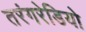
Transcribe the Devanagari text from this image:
तरंगरेडियो